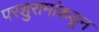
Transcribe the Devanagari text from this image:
परशुरामांकडून